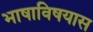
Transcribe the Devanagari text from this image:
भाषाविषयास